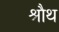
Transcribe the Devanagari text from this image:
श्रौथ